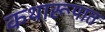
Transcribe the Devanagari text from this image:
कथारूपात